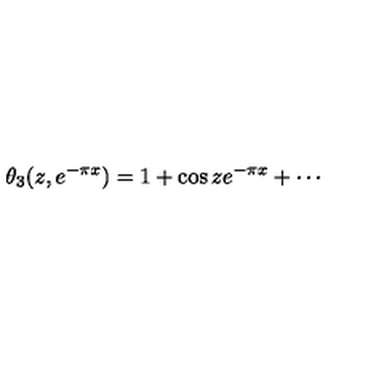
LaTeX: \theta _ { 3 } ( z , e ^ { - \pi x } ) = 1 + \cos z e ^ { - \pi x } + \cdots